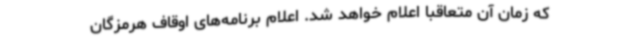
که زمان آن متعاقباً اعلام خواهد شد. اعلام برنامه‌های اوقاف هرمزگان